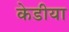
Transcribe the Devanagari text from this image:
केडीया